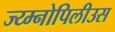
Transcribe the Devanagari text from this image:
ज्य्म्नोपिलीउस